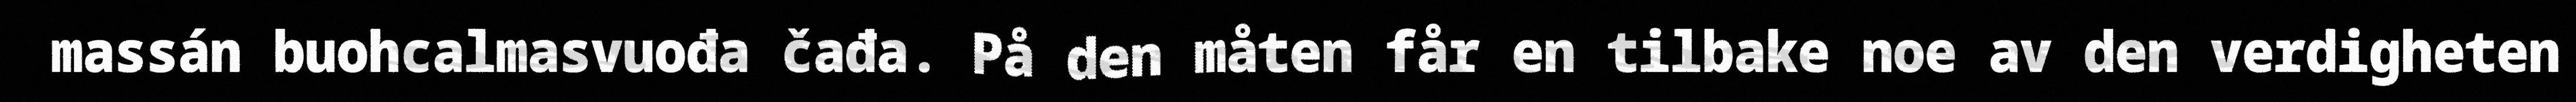
massán buohcalmasvuođa čađa. På den måten får en tilbake noe av den verdigheten